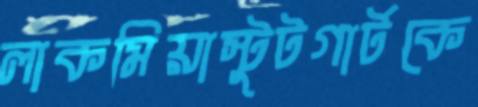
লাকমিয়াস্টুটগার্টকে